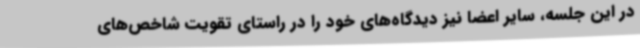
در این جلسه، سایر اعضا نیز دیدگاه‌های خود را در راستای تقویت شاخص‌های